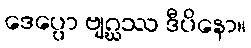
ဒေပ္ပော ဗျဂ္ဃဿ ဒီပိနော။